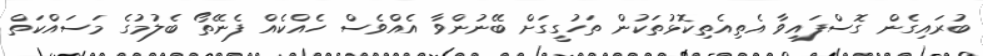
ބުރައިގެން ގޮސްފައިވާ އެތިއެތިކޮޅުތަކުން ތަހުގީގަށް ބޭނުންވާ އެއްވެސް ހެއްކެއް ފެނޭތޯ ބެލުމުގެ މަސައްކަތް